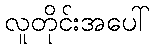
လူတိုင်းအပေါ်